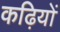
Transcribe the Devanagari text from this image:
कढ़ियों